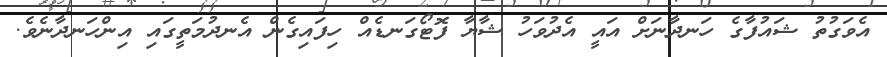
އެވަގުތު ޝައުފާގެ ހަނދާނަށް އައީ އެދުވަހު ޝާޔާ ފޮޓޯގަނޑެއް ހިފައިގެން އެނދުމަތީގައި އިންހަނދާނެވެ.